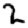
Digit: 2